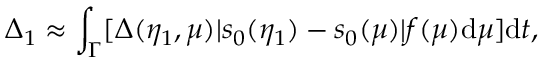
\Delta _ { 1 } \approx \int _ { \Gamma } [ \Delta ( \eta _ { 1 } , \mu ) | s _ { 0 } ( \eta _ { 1 } ) - s _ { 0 } ( \mu ) | f ( \mu ) \mathrm { d } \mu ] \mathrm { d } t ,